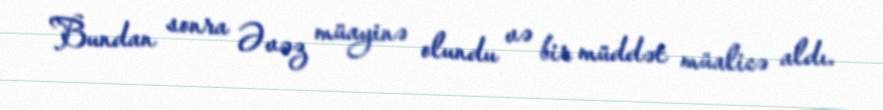
Bundan sonra Əvəz müayinə olundu və bir müddət müalicə aldı.